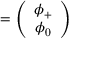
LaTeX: { \bf \Phi } = \left( \begin{array} { c } { { \phi _ { + } } } \\ { { \phi _ { 0 } } } \end{array} \right)